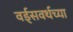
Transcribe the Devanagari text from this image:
वर्ड्‌सवर्थच्या